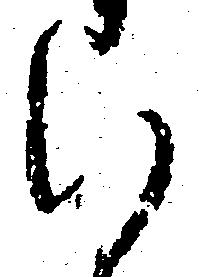
い